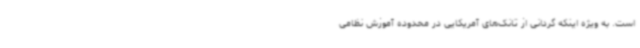
است. به ویژه اینکه گردانی از تانک‌های آمریکایی در محدوده آموزش نظامی